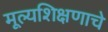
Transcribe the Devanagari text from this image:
मूल्यशिक्षणाचे